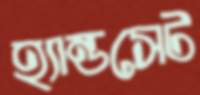
হ্যান্ডসেট